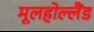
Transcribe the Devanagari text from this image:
मूलहोल्लैंड